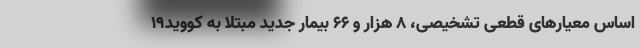
اساس معیارهای قطعی تشخیصی، ۸ هزار و ۶۶ بیمار جدید مبتلا به کووید۱۹